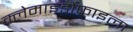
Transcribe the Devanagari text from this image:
क्लेमाइडोफाइला